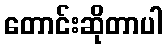
တောင်းဆိုတာပါ